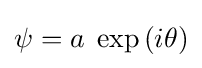
\psi =a\;\exp \left(i\theta \right)